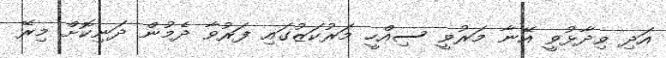
އަދި ވިދާޅުވީ އޭނާ މަރުވީ ސިއްހީ މަރުކަޒުގައި ފަރުވާ ދެމުން ދަނިކޮށް މިރޭ